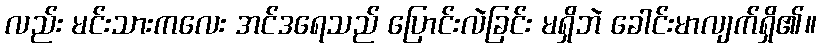
လည်း မင်းသားကလေး အင်ဒရေသည် ပြောင်းလဲခြင်း မရှိဘဲ ခေါင်းမာလျက်ရှိ၏။